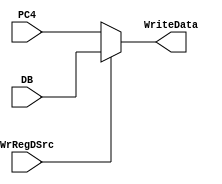
module ChooseWriteData(
	input [31:0] PC4,
	input [31:0] DB,
	input WrRegDSrc,
	output [31:0] WriteData
);
    assign WriteData=WrRegDSrc?DB:PC4;
endmodule